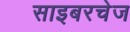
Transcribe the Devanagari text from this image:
साइबरचेज